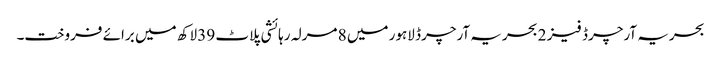
بحریہ آرچرڈ فیز 2 بحریہ آرچرڈ لاہور میں 8 مرلہ رہائشی پلاٹ 39 لاکھ میں برائے فروخت۔